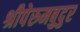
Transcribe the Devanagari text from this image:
श्रीपेरुमबुदुर